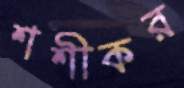
শশীকর